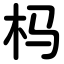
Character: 杩